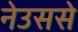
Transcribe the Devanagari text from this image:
नेउससे